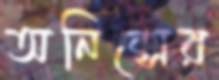
অনিক্সের